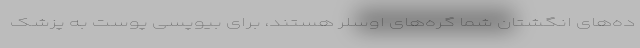
ده‌های انگشتان شما گره‌های اوسلر هستند، برای بیوپسی پوست به پزشک